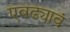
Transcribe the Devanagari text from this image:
एवढ्यावं